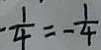
- \frac { 1 } { 4 } = - \frac { 1 } { 4 }